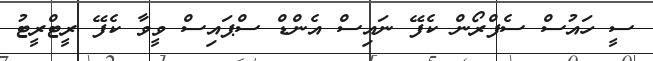
ސީ ހައުސް ސެފްރޯން ކެފޭ ނައިސް އެންޑް ސްޕައިސް ވީވާ ކެފޭ ރީޓްރީޓު